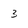
Character: 3